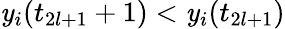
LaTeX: \mathit{y}_{i}(t_{2l+1}+1)<\mathit{y}_{i}(t_{2l+1})